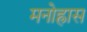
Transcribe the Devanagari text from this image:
मनोह्रास